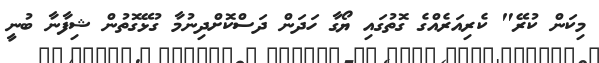
މިކަން ކުރޭ" ކެރިއަރެއްގެ ގޮތުގައި ޔޯގާ ހަދަން ދަސްކޮށްދިނުމާ ގުޅޭގޮތުން ޝިފާނާ ބުނީ